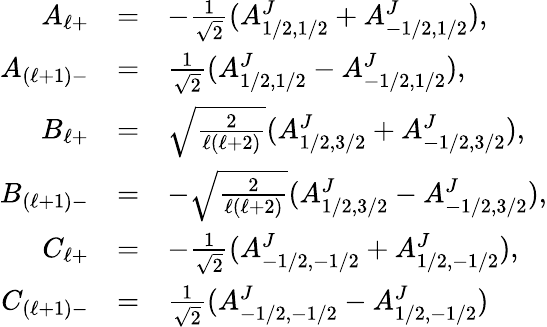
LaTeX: \begin{array}{rcl}{{A_{\ell+}}}&{{=}}&{{-\frac{1}{\sqrt{2}}(A_{1/2,1/2}^{J}+A_{-1/2,1/2}^{J}),}}\\ {{A_{(\ell+1)-}}}&{{=}}&{{\frac{1}{\sqrt{2}}(A_{1/2,1/2}^{J}-A_{-1/2,1/2}^{J}),}}\\ {{B_{\ell+}}}&{{=}}&{{\sqrt{\frac{2}{\ell(\ell+2)}}(A_{1/2,3/2}^{J}+A_{-1/2,3/2}^{J}),}}\\ {{B_{(\ell+1)-}}}&{{=}}&{{-\sqrt{\frac{2}{\ell(\ell+2)}}(A_{1/2,3/2}^{J}-A_{-1/2,3/2}^{J}),}}\\ {{C_{\ell+}}}&{{=}}&{{-\frac{1}{\sqrt{2}}(A_{-1/2,-1/2}^{J}+A_{1/2,-1/2}^{J}),}}\\ {{C_{(\ell+1)-}}}&{{=}}&{{\frac{1}{\sqrt{2}}(A_{-1/2,-1/2}^{J}-A_{1/2,-1/2}^{J})}}\end{array}